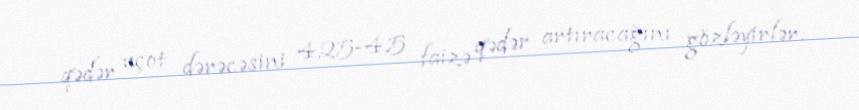
qədər uçot dərəcəsini 4,25-4,5 faizə qədər artıracağını gözləyirlər.